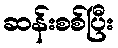
ဆန်းစစ်ပြီး